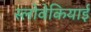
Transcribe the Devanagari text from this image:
स्लोवेकियाई